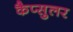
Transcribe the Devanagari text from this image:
कैप्सुलर